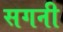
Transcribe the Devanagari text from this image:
सगनी